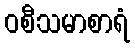
ဝစီသမာစာရံ